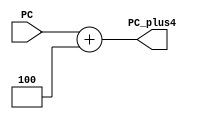
`timescale 1ns / 1ps
//////////////////////////////////////////////////////////////////////////////////
// Company: 
// Engineer: 
// 
// Design Name: 
// Module Name: add4
// Project Name: 
// Target Devices: 
// Tool Versions: 
// Description: 
// 
// Dependencies: 
// 
// Revision:
// Revision 0.01 - File Created
// Additional Comments:
// 
//////////////////////////////////////////////////////////////////////////////////


module add4
   #(parameter SIZE = 31
    )
    (
     input  [SIZE-1:0] PC,
     output [SIZE-1:0] PC_plus4
    );
    
    assign PC_plus4 = PC + 4;
    
endmodule